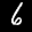
Label: 6